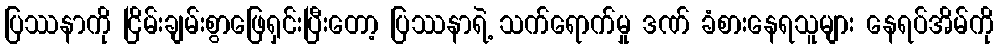
ပြဿနာကို ငြိမ်းချမ်းစွာဖြေရှင်းပြီးတော့ ပြဿနာရဲ့ သက်ရောက်မှု ဒဏ် ခံစားနေရသူများ နေရပ်အိမ်ကို